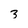
Character: 3